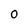
Character: 0